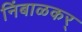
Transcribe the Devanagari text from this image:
निंबाळकर्